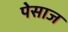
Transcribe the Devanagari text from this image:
पेसाज